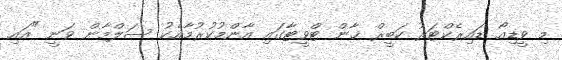
މި ވީޑިއޯ ޑައިރެކްޓަރު ކަބީރް ޚާން ޓްވީޓާގައި އާންމުކުރުމާއެކު ސަލްމާން ވަނީ "އައި